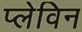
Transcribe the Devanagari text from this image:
प्लेविन